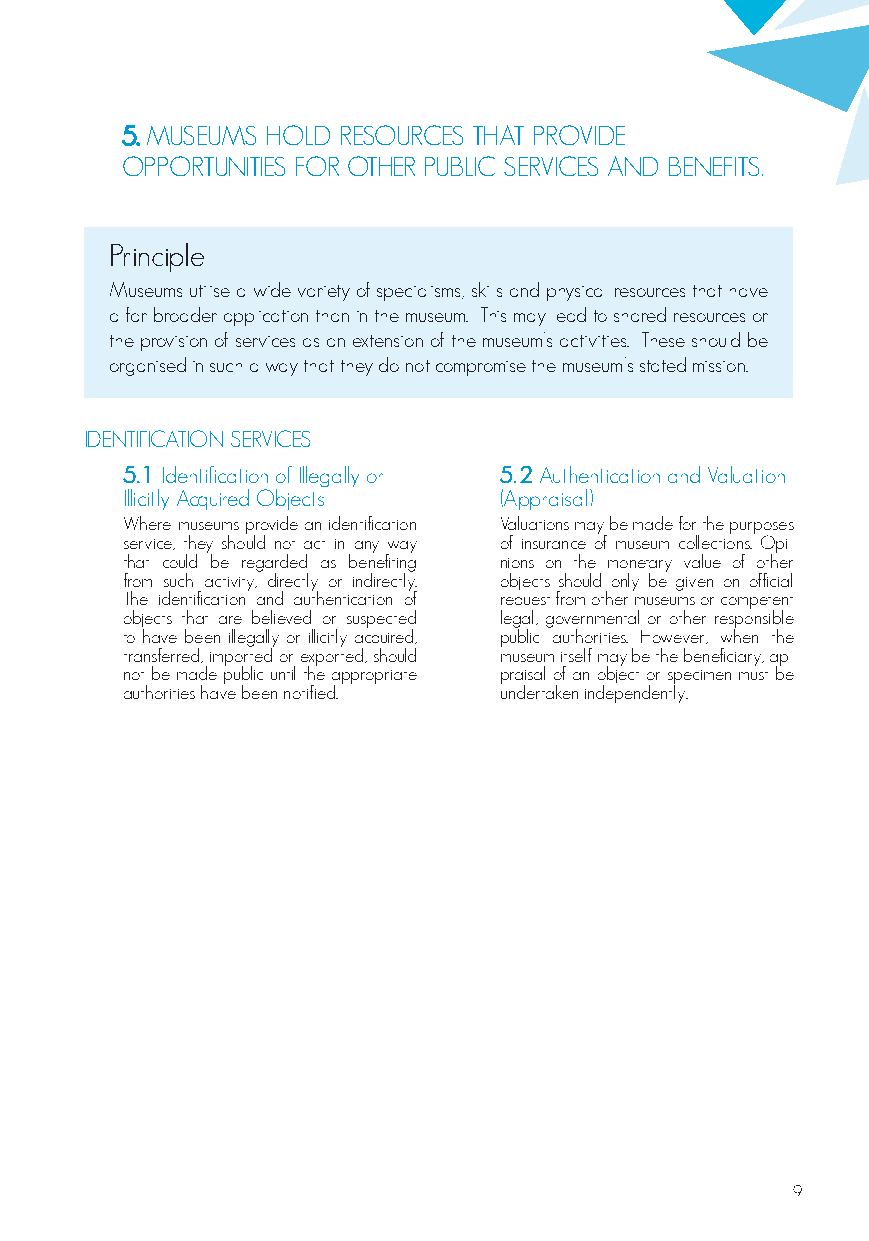
5. MUSEUMS HOLD RESOURCES THAT PROVIDE
 OPPORTUNITIES FOR OTHER PUBLIC SERVICES AND BENEFITS.
 Principle
 Museums utilise a wide variety of specialisms, skills and physical resources that have
 a far broader application than in the museum. This may lead to shared resources or
 the provision of services as an extension of the museum’s activities. These should be
 organised in such a way that they do not compromise the museum’s stated mission.
 IDENTIFICATION SERVICES
 5.1 Identification of Illegally or 5.2 Authentication and Valuation
 Illicitly Acquired Objects (Appraisal)
 Where museums provide an identification Valuations may be made for the purposes
 service, they should not act in any way of insurance of museum collections. Opi-
 that could be regarded as benefiting nions on the monetary value of other
 from such activity, directly or indirectly. objects should only be given on official
 The identification and authentication of request from other museums or competent
 objects that are believed or suspected legal, governmental or other responsible
 to have been illegally or illicitly acquired, public authorities. However, when the
 transferred, imported or exported, should museum itself may be the beneficiary, ap-
 not be made public until the appropriate praisal of an object or specimen must be
 authorities have been notified. undertaken independently.
 9